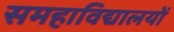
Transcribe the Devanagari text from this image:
समहाविद्यालयों